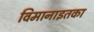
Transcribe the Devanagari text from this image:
विमानाइतका